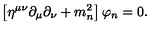
\left[ \eta ^ { \mu \nu } \partial _ { \mu } \partial _ { \nu } + m _ { n } ^ { 2 } \right] \varphi _ { n } = 0 .